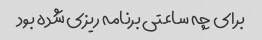
برای چه ساعتی برنامه ریزی شده بود